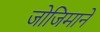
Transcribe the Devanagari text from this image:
जोजिमाने